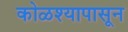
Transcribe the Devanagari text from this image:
कोळश्यापासून